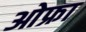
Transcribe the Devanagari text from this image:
ओफ्रा